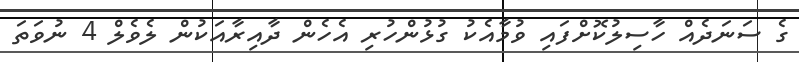
ގެ ސަނަދެއް ހާސިލުކޮށްފައި ވުމާއެކު ގުޅުންހުރި އެހެން ދާއިރާއަކުން ލެވެލް 4 ނުވަތަ